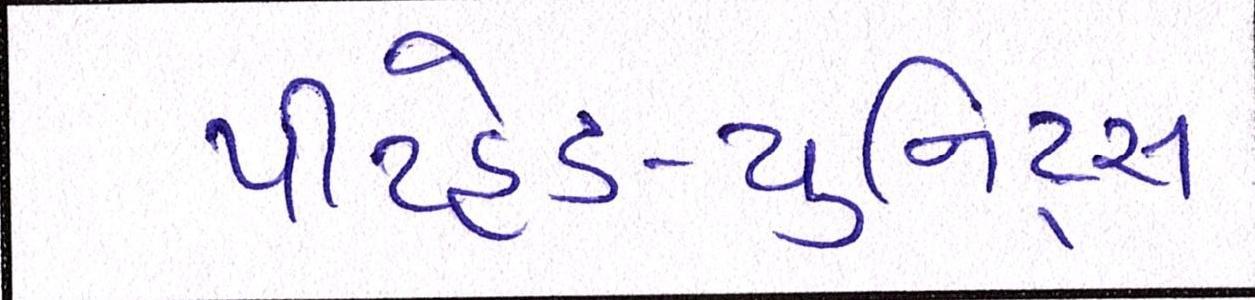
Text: પીટહેડ-યુનિટ્સ